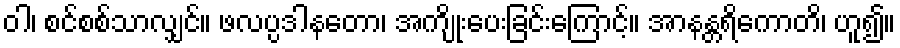
ဝါ၊ စင်စစ်သာလျှင်။ ဖလပ္ပဒါနတော၊ အကျိုးပေးခြင်းကြောင့်။ အာနန္တရိကောတိ၊ ဟူ၍။